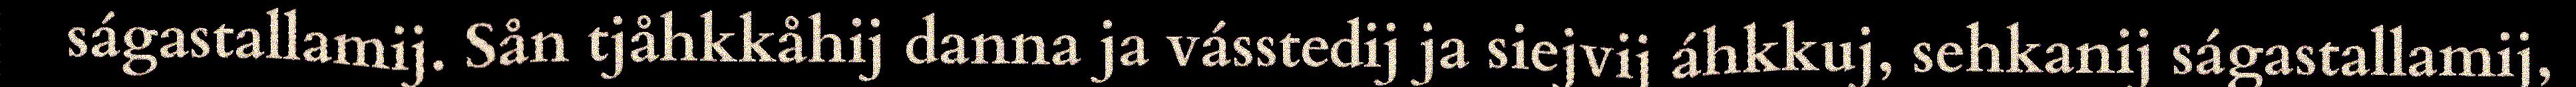
ságastallamij. Sån tjåhkkåhij danna ja vásstedij ja siejvij áhkkuj, sehkanij ságastallamij,